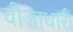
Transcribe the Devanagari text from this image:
वीज़ाधारी